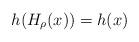
LaTeX: \begin{align*}h(H_{\rho}(x))=h(x)\end{align*}